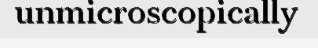
unmicroscopically